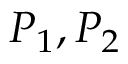
P _ { 1 } , P _ { 2 }